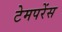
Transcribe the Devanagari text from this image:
टेमपरेंस